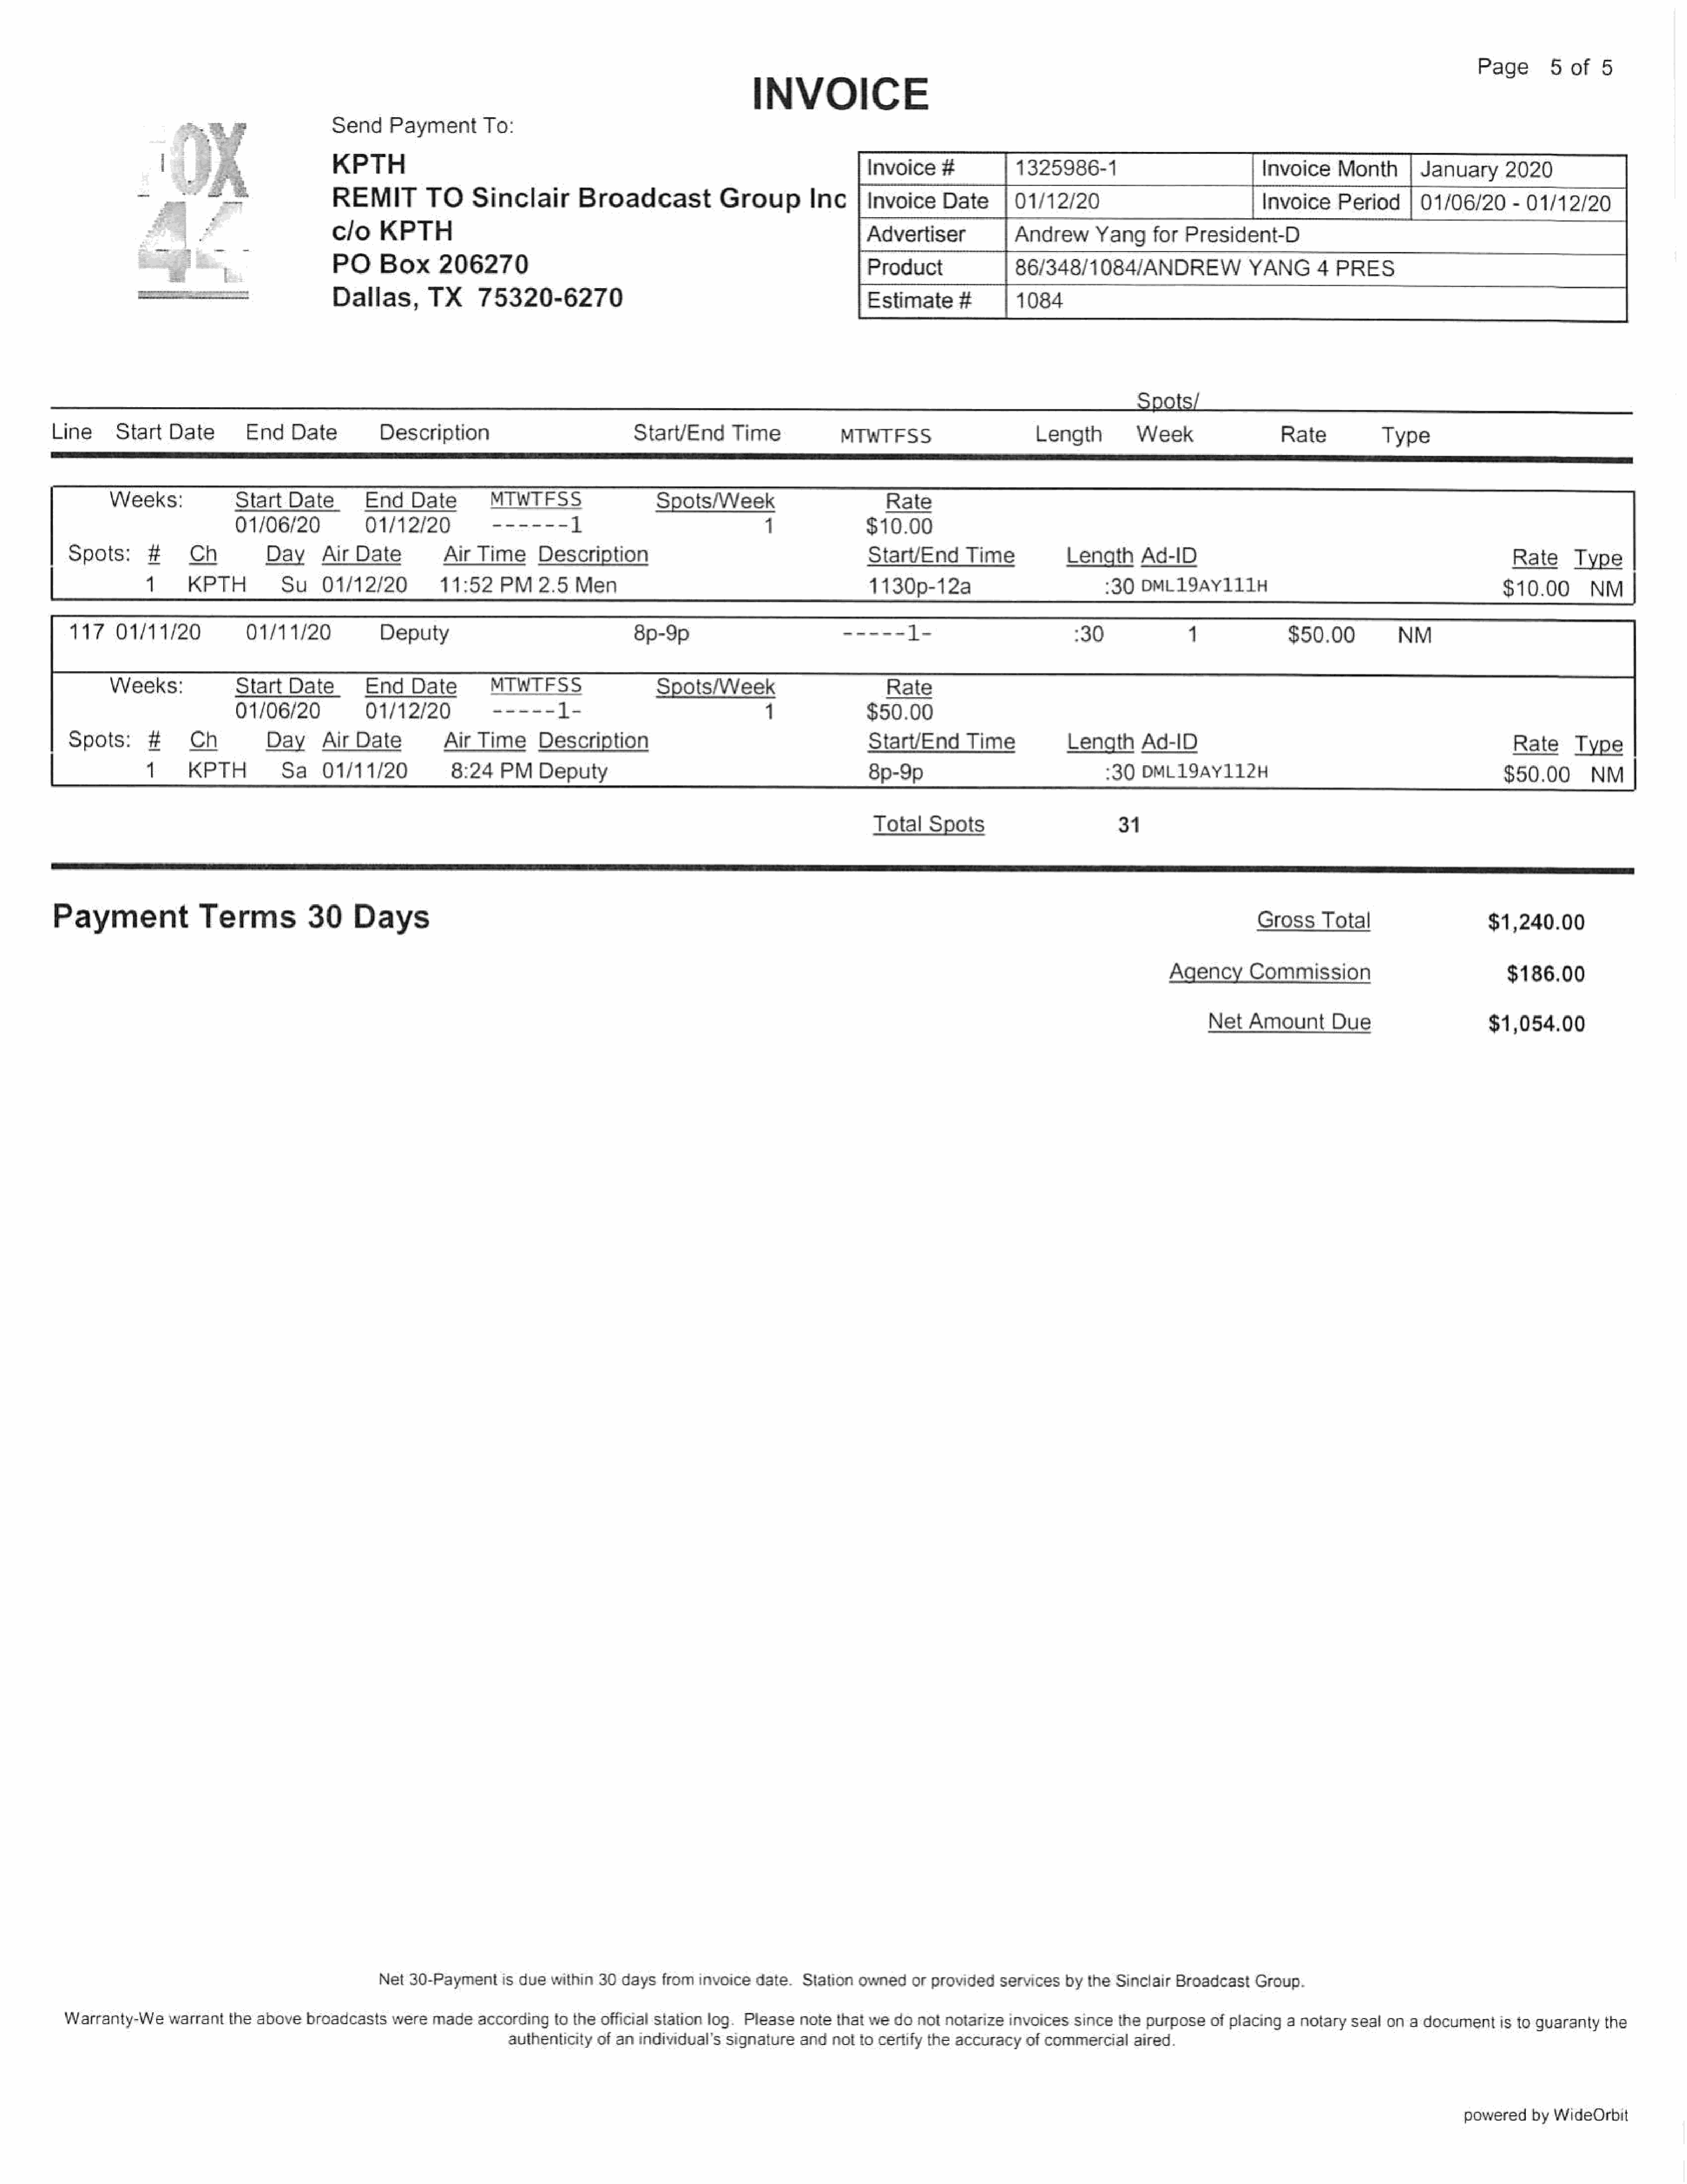
Page       5of    5
 INVOICE
 Send    Payment    To:
 KPTH                                                                        Invoice    #         1325986-1                          Invoice    Month       January     2020
 ag                    REMIT        TO     Sinclair       Broadcast           Group    Inc         Invoice    Date      01/12/20                            Invoice   Period      01/06/20     - 01/12/20
 clo   KPTH                                                                  Advertiser           Andrew      Yangfor      President-D
 PO    Box      206270                                                       Product              86/348/1084/ANDREW               YANG      4  PRES
 Dallas,      TX     75320-6270                                             | Estimate#           1084
 Spots/
 Line     StartDate         End    Date        Description                          Start/End     Time           MTWTFSS                     Length         Week                Rate          Type
 Weeks:            StartDate         End    Date       MTWTFSS                 Spots/Week                       Rate
 01/06/20          01/12/20          ------      1                          1              $10.00
 Spots:     #     Ch         Day     Air  Date        Air  Time     Description                                    Start/End     Time           Length    Ad-ID                                                Rate     Type
 1.    KPTH         Su    01/12/20         11:52    PM2.5     Men                                       1130p-12a                         :30  DML19AY111H                                         $10.00      NM     |
 117    01/11/2   0       01/11/20           Deputy                               8p-9p9                        ===      i                       :30             1             $50.00          NM                                |
 Weeks:            StartDate         End    Date       MTWTFSS                 Spots/Week                       Rate
 01/06/20.         01/12/20.          -----    d=                           1              $50.00
 Spots:     #     Ch         Day     AirDate           Air Time     Description                                    Start/End     Time           Length    Ad-ID                                                 Rate    Type
 1.    KPTH         Sa    01/11/20           8:24   PM   Deputy                                         8p-9p                             130  DML19AY112H                                         $50.00       NM
 Total   Spots                      31
 SS
 Payment              Terms          30     Days                                                                                                                             Total                            $1,240.00
 Agency      Commission                           $186.00
 Net   Amount      Due                   $1,054.00
 Net  30-Paymentis   due  within 30 days  from invoice date.  Station ownedorprovided     servicesby  the  Sinclair Broadcast Group.
 Warranty-Wewarrant      the above  broadcasts  were  madeaccording    to theofficial station log. Please note  that we donot  notarize invoices  sincethe  purposeofplacing    a notary seal on  a documentis   to guaranty the
 authenticity of an individual's signature andnotto   certify the accuracy of commercialaired
 powered   by WideOrbit